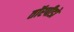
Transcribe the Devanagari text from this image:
तॉरपीडो